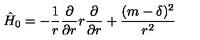
\hat { H } _ { 0 } = - { \frac { 1 } { r } } { \frac { \partial } { \partial r } } r { \frac { \partial } { \partial r } } + { \frac { ( m - \delta ) ^ { 2 } } { r ^ { 2 } } }